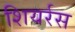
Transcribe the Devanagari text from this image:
शियर्रस